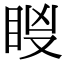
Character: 𥅢